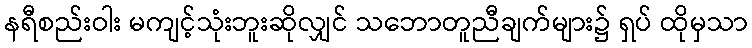
နရီစည်းဝါး မကျင့်သုံးဘူးဆိုလျှင် သဘောတူညီချက်များ၌ ရှပ် ထိုမှသာ